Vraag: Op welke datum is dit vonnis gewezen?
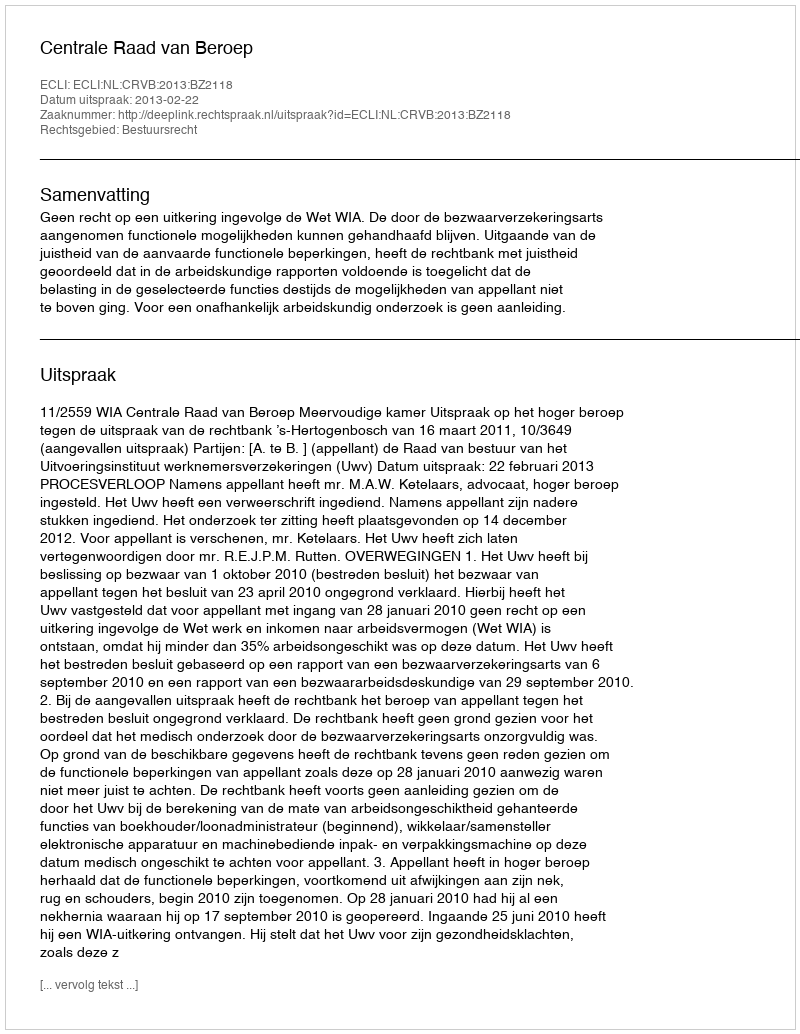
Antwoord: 2013-02-22